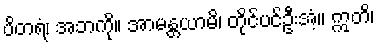
ပိတရံ၊ အဘကို။ အာမန္တယာမိ၊ တိုင်ပင်ဦးအံ့။ ဣတိ၊